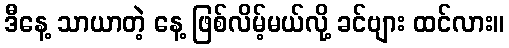
ဒီနေ့ သာယာတဲ့ နေ့ ဖြစ်လိမ့်မယ်လို့ ခင်ဗျား ထင်လား။